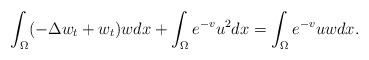
LaTeX: \begin{align*}\int_\Omega (-\Delta w_t+w_t)w dx+\int_\Omega e^{-v}u^2dx=\int_\Omega e^{-v}uwdx.\end{align*}